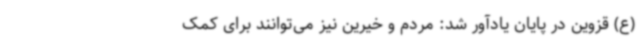
(ع) قزوین در پایان یادآور شد: مردم و خیرین نیز می‌توانند برای کمک